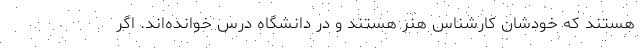
هستند که خودشان کارشناس هنر هستند و در دانشگاه درس خوانده‌اند. اگر